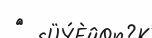
٥